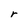
Character: r